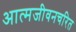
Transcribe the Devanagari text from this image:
आत्मजीवनचरित